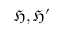
{ \mathfrak { H } } , { \mathfrak { H } } ^ { \prime }